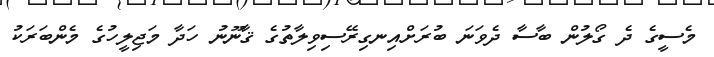
މެސީގެ ދެ ގޯލުން ބާސާ ދެވަނަ ބުރަށްއިނގިރޭސިވިލާތުގެ ޤާނޫނު ހަދާ މަޖިލީހުގެ މެންބަރަކު